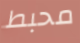
محبط